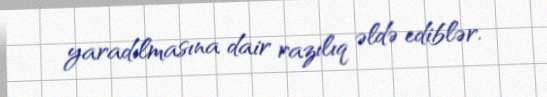
yaradılmasına dair razılıq əldə ediblər.